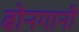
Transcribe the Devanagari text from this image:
बोनगानी